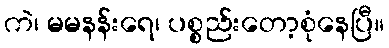
ကဲ၊ မမနန်းရေ၊ ပစ္စည်းတော့စုံနေပြီ။